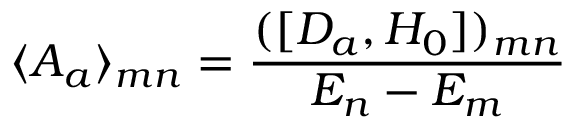
\langle { \cal A } _ { a } \rangle _ { m n } = { \frac { ( [ { \cal D } _ { a } , H _ { 0 } ] ) _ { m n } } { E _ { n } - E _ { m } } }